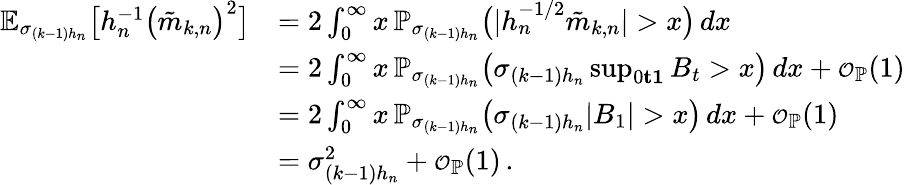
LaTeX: \begin{array}{rl}{\mathbb{E}_{\sigma_{(k-1)h_{n}}}\big[h_{n}^{-1}\big(\tilde{m}_{k,n}\big)^{2}\big]}&{=2\int_{0}^{\infty}x\, \mathbb{P}_{\sigma_{(k-1)h_{n}}}\big(|h_{n}^{-1/2}\tilde{m}_{k,n}|>x\big)\, dx}\\ &{=2\int_{0}^{\infty}x\, \mathbb{P}_{\sigma_{(k-1)h_{n}}}\big(\sigma_{(k-1)h_{n}}\operatorname*{sup}_{0\le t\le 1}B_{t}>x\big)\, dx+{\scriptstyle{\mathcal{O}}}_{\mathbb{P}}(1)}\\ &{=2\int_{0}^{\infty}x\, \mathbb{P}_{\sigma_{(k-1)h_{n}}}\big(\sigma_{(k-1)h_{n}}|B_{1}|>x\big)\, dx+{\scriptstyle{\mathcal{O}}}_{\mathbb{P}}(1)}\\ &{=\sigma_{(k-1)h_{n}}^{2}+{\scriptstyle{\mathcal{O}}}_{\mathbb{P}}(1)\, .}\end{array}